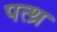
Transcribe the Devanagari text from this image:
पत्थ्र